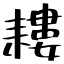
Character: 耬